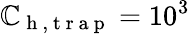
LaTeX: \mathbb{C}_{\mathrm{{~h~,~t~r~a~p~}}}=10^{3}